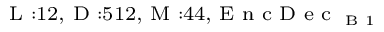
_ { \textrm { L } : 1 2 , \textrm { D } : 5 1 2 , \textrm { M } : 4 4 , \textrm { E n c D e c } _ { \textrm { B } 1 } }